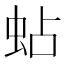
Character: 蛅